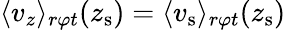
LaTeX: \langle v_{z}\rangle_{r\varphi t}(z_{\mathrm{s}})=\langle v_{\mathrm{s}}\rangle_{r\varphi t}(z_{\mathrm{s}})